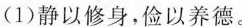
(1)静以修身，俭以养德。